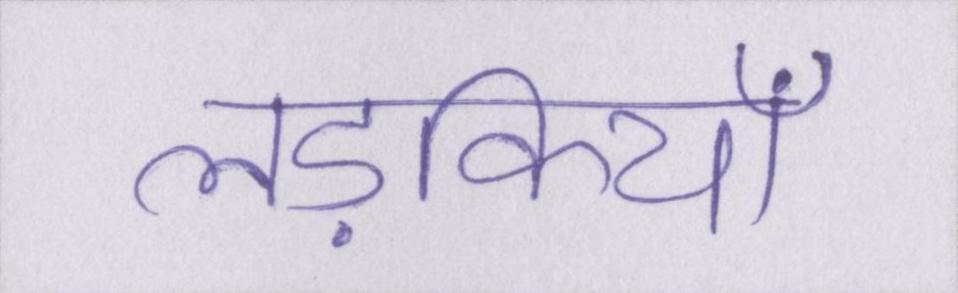
लड़कियाँ